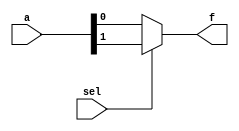
`timescale 1ns/100ps

module mux2to1_always(f ,a, sel);

	output reg f;
	input [1:0] a;
	input sel;
	
	always @(a[0] or a[1] or sel)
	begin
		if(sel)
			f <= a[1];
		else
			f <= a[0];
	end











endmodule